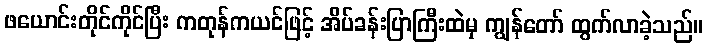
ဖယောင်းတိုင်ကိုင်ပြီး ကတုန်ကယင်ဖြင့် အိပ်ခန်းပြာကြီးထဲမှ ကျွန်တော် ထွက်လာခဲ့သည်။